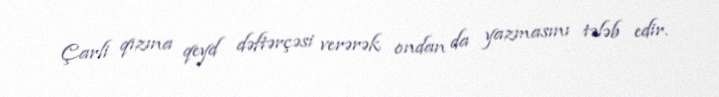
Çarli qızına qeyd dəftərçəsi verərək ondan da yazmasını tələb edir.